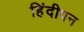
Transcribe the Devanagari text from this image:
हिंदीपन